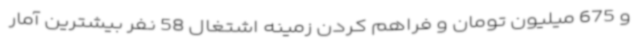
و 675 میلیون تومان و فراهم کردن زمینه اشتغال 58 نفر بیشترین آمار